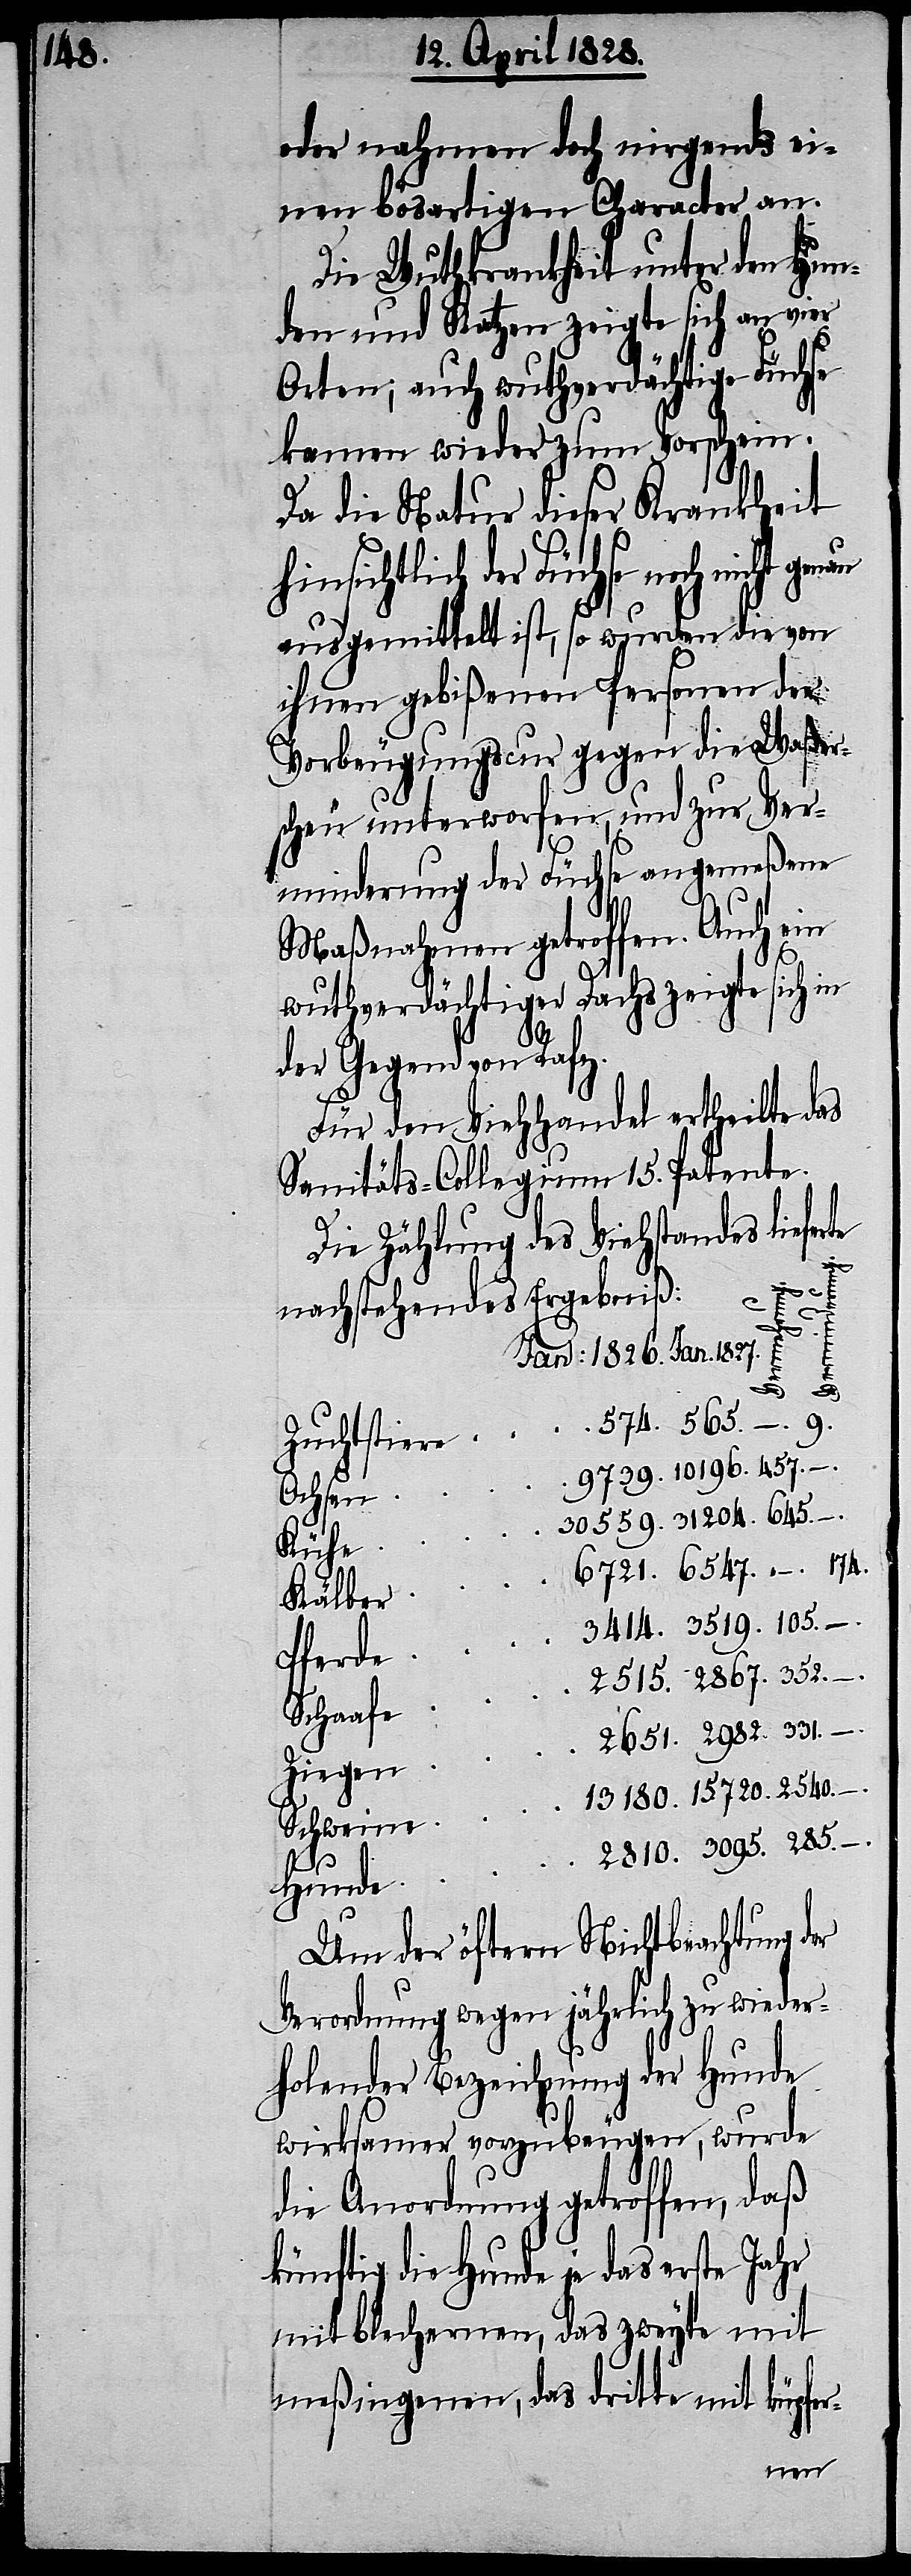
180.

oder nahmen doch nirgends ei¬
nen bösartigen Character an.
Die Wuthkrankheit unter den Hun¬
den und Katzen zeigte sich an vier
Orten; auch wuthverdächtige Füchse
kamen wieder zum Vorschein.
Da die Natur dieser Krankheit
hinsichtlich der Füchse noch nicht
ausgemittelt ist, so wurden die von
ihnen gebißenen Personen der
Vorbeugungscur gegen die Waßer¬
scheu unterworfen, und zur Ver¬
minderung der Füchse angemeßene
Maßnahmen getroffen. Auch ein
wuthverdächtiger Dachs zeigte sich in
der Gegend von Rafz.
Für den Viehhandel ertheilte das
Sanitäts-Collegium 15. Patente.
Die Zählung des Viehstandes lieferte
2810.
3095.
–.
nachstehendes Ergebniß:
15
Ver¬
Ochsen
Kühe
Kälber
2982.
Schaafe
Ziegen
Schweine
rung.
Hunde
Um der öftern Nichtbeachtung der
Verordnung wegen jährlich zu wieder¬
holender Bezeichnung der Hunde
wirksamer vorzubeugen, wurde
die Anordnung getroffen, daß
künftig die Hunde je das erste Jahr
mit blechernen, das zweyte mit
meßingenen, das dritte mit küpfer-